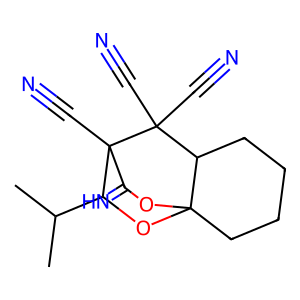
SMILES: CC(C)C1OC23CCCCC2C(C#N)(C#N)C1(C#N)C(=N)O3
Inhibits HIV replication: No